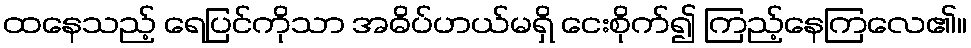
ထနေသည့် ရေပြင်ကိုသာ အဓိပ်ပာယ်မရှိ ငေးစိုက်၍ ကြည့်နေကြလေ၏။